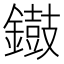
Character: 𨭸